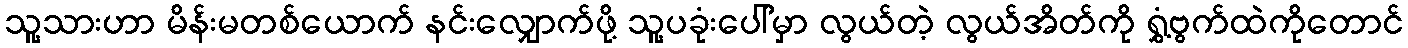
သူ့သားဟာ မိန်းမတစ်ယောက် နင်းလျှောက်ဖို့ သူ့ပခုံးပေါ်မှာ လွယ်တဲ့ လွယ်အိတ်ကို ရွှံ့ဗွက်ထဲကိုတောင်